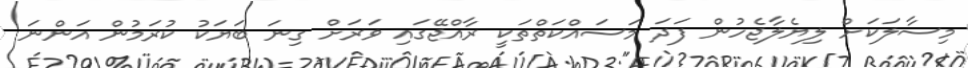
މިސާލަކަށް ލިޔެލާޖެހުން ފަދަ މަސައްކަތްތަކީ ރާއްޖޭގައި ވަރަށް ގިނަ ބަޔަކު ކުރަމުން އަންނަ